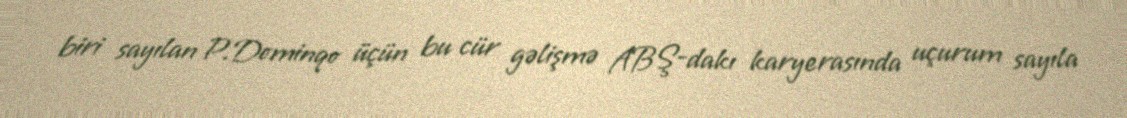
biri sayılan P.Dominqo üçün bu cür gəlişmə ABŞ-dakı karyerasında uçurum sayıla